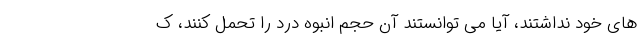
های خود نداشتند، آیا می توانستند آن حجم انبوه درد را تحمل کنند، ک